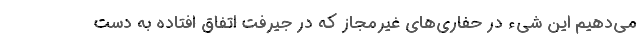
می‌دهیم این شیء در حفاری‌های غیرمجاز که در جیرفت اتفاق افتاده به دست